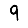
Digit: 9